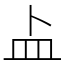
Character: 盀